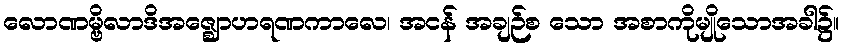
လောဏမ္ဗိလာဒိအဇ္ဈောဟရဏကာလေ၊ အငန် အချဉ်စ သော အစာကိုမျိုသောအခါ၌။